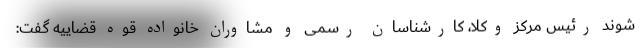
شوند رئیس مرکز وکلا، کارشناسان رسمی و مشاوران خانواده قوه قضاییه گفت: